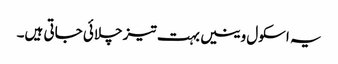
یہ اسکول وینیں بہت تیز چلائی جاتی ہیں۔